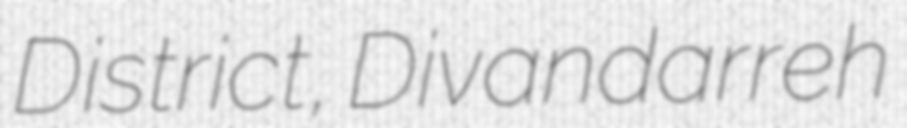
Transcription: District, Divandarreh